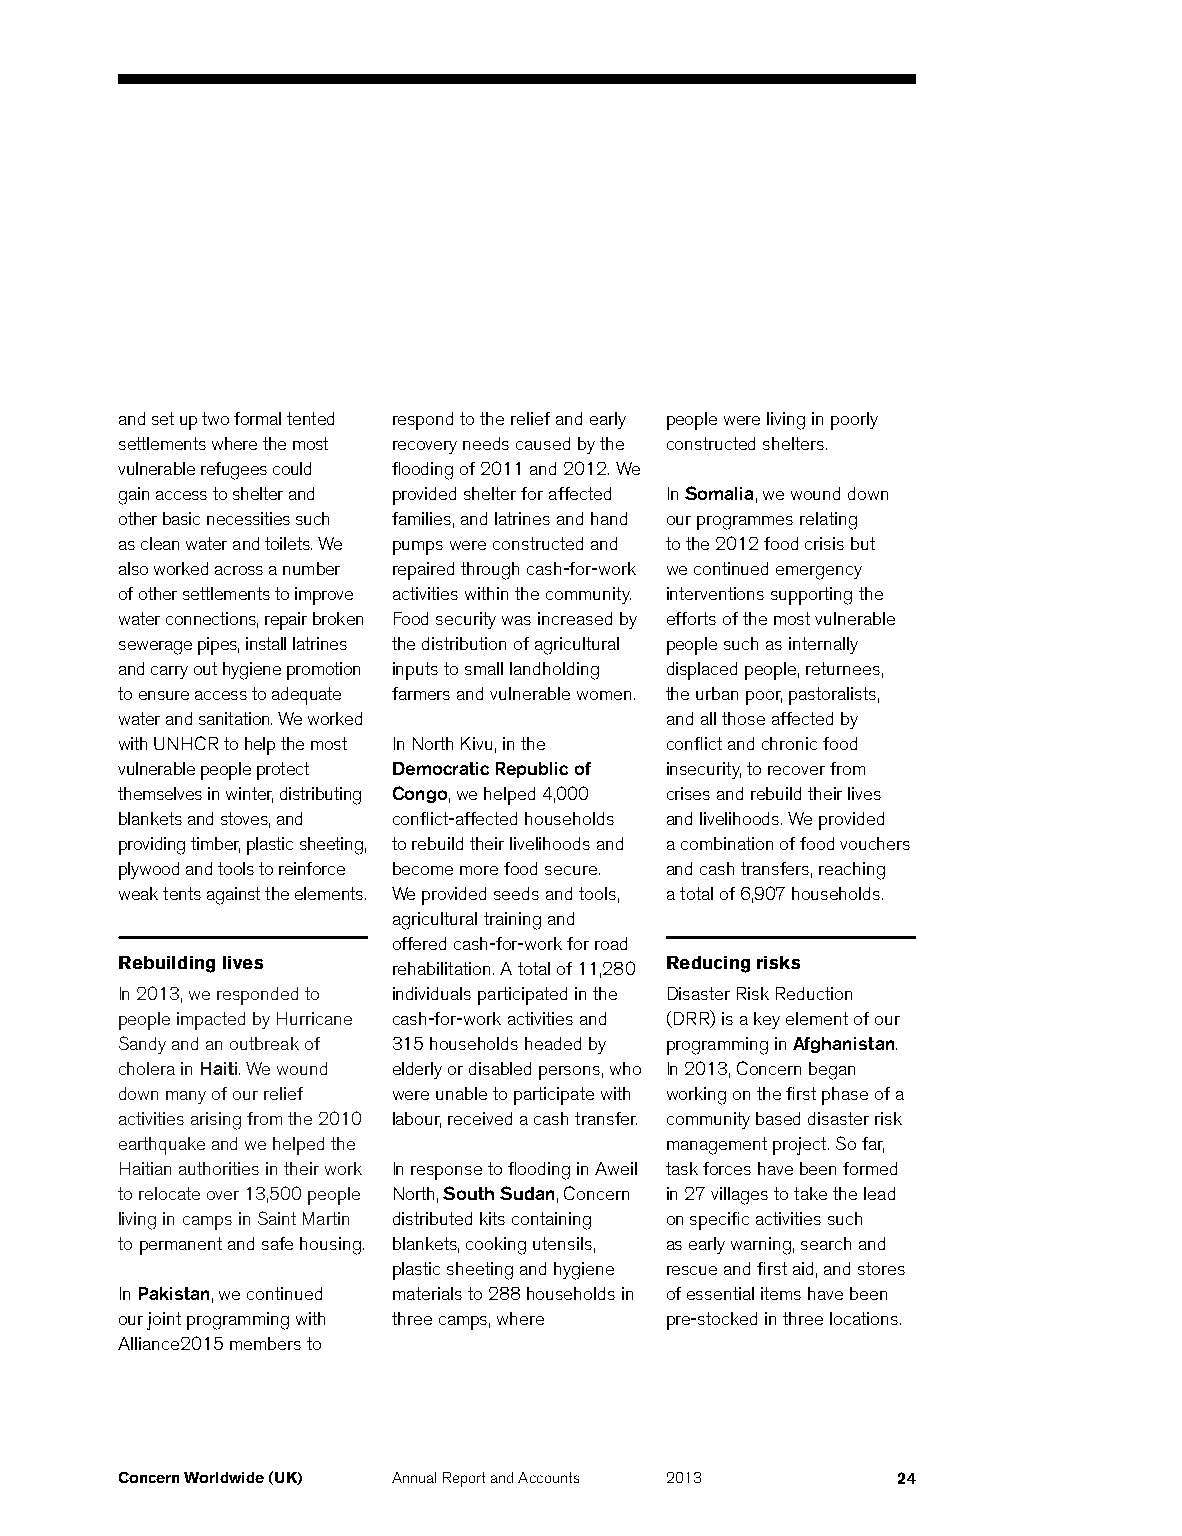
and set up two formal tented respond to the relief and early people were living in poorly
 settlements where the most recovery needs caused by the constructed shelters.
 vulnerable refugees could flooding of 2011 and 2012. We
 gain access to shelter and provided shelter for affected In Somalia, we wound down
 other basic necessities such families, and latrines and hand our programmes relating
 as clean water and toilets. We pumps were constructed and to the 2012 food crisis but
 also worked across a number repaired through cash-for-work we continued emergency
 of other settlements to improve activities within the community. interventions supporting the
 water connections, repair broken Food security was increased by efforts of the most vulnerable
 sewerage pipes, install latrines the distribution of agricultural people such as internally
 and carry out hygiene promotion inputs to small landholding displaced people, returnees,
 to ensure access to adequate farmers and vulnerable women. the urban poor, pastoralists,
 water and sanitation. We worked     and all those affected by
 with UNHCR to help the most In North Kivu, in the conflict and chronic food
 vulnerable people protect Democratic Republic of insecurity, to recover from
 themselves in winter, distributing Congo, we helped 4,000 crises and rebuild their lives
 blankets and stoves, and conflict-affected households and livelihoods. We provided
 providing timber, plastic sheeting, to rebuild their livelihoods and a combination of food vouchers
 plywood and tools to reinforce become more food secure. and cash transfers, reaching
 weak tents against the elements. We provided seeds and tools, a total of 6,907 households.
 agricultural training and
 offered cash-for-work for road
 Rebuilding lives  rehabilitation. A total of 11,280 Reducing risks
 In 2013, we responded to individuals participated in the Disaster Risk Reduction
 people impacted by Hurricane cash-for-work activities and (DRR) is a key element of our
 Sandy and an outbreak of 315 households headed by programming in Afghanistan.
 cholera in Haiti. We wound elderly or disabled persons, who In 2013, Concern began
 down many of our relief were unable to participate with working on the first phase of a
 activities arising from the 2010 labour, received a cash transfer. community based disaster risk
 earthquake and we helped the        management project. So far,
 Haitian authorities in their work In response to flooding in Aweil task forces have been formed
 to relocate over 13,500 people North, South Sudan, Concern in 27 villages to take the lead
 living in camps in Saint Martin distributed kits containing on specific activities such
 to permanent and safe housing. blankets, cooking utensils, as early warning, search and
 plastic sheeting and hygiene rescue and first aid, and stores
 In Pakistan, we continued materials to 288 households in of essential items have been
 our joint programming with three camps, where pre-stocked in three locations.
 Alliance2015 members to
 Concern Worldwide (UK) Annual Report and Accounts 2013 24